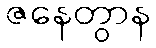
ဇနေတွာန